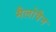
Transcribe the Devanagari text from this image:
मैलोवैन